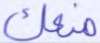
منعك